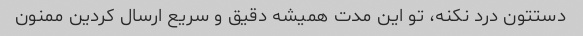
دستتون درد نکنه، تو این مدت همیشه دقیق و سریع ارسال کردین ممنون